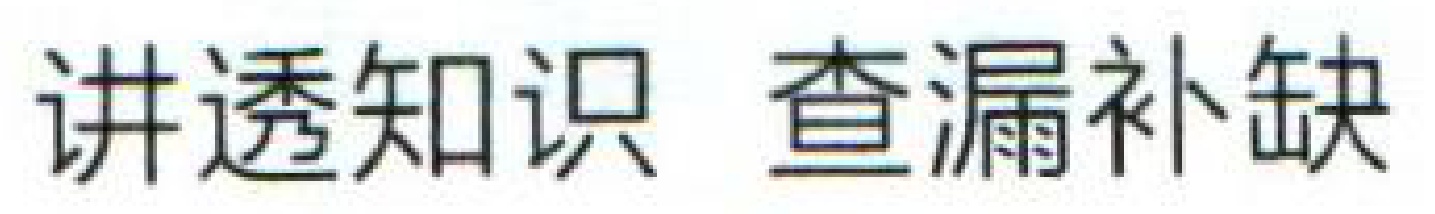
讲透知识 查漏补缺